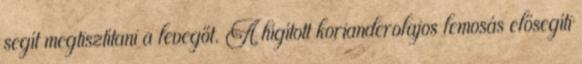
segít megtisztítani a levegőt. A hígított korianderolajos lemosás elősegíti